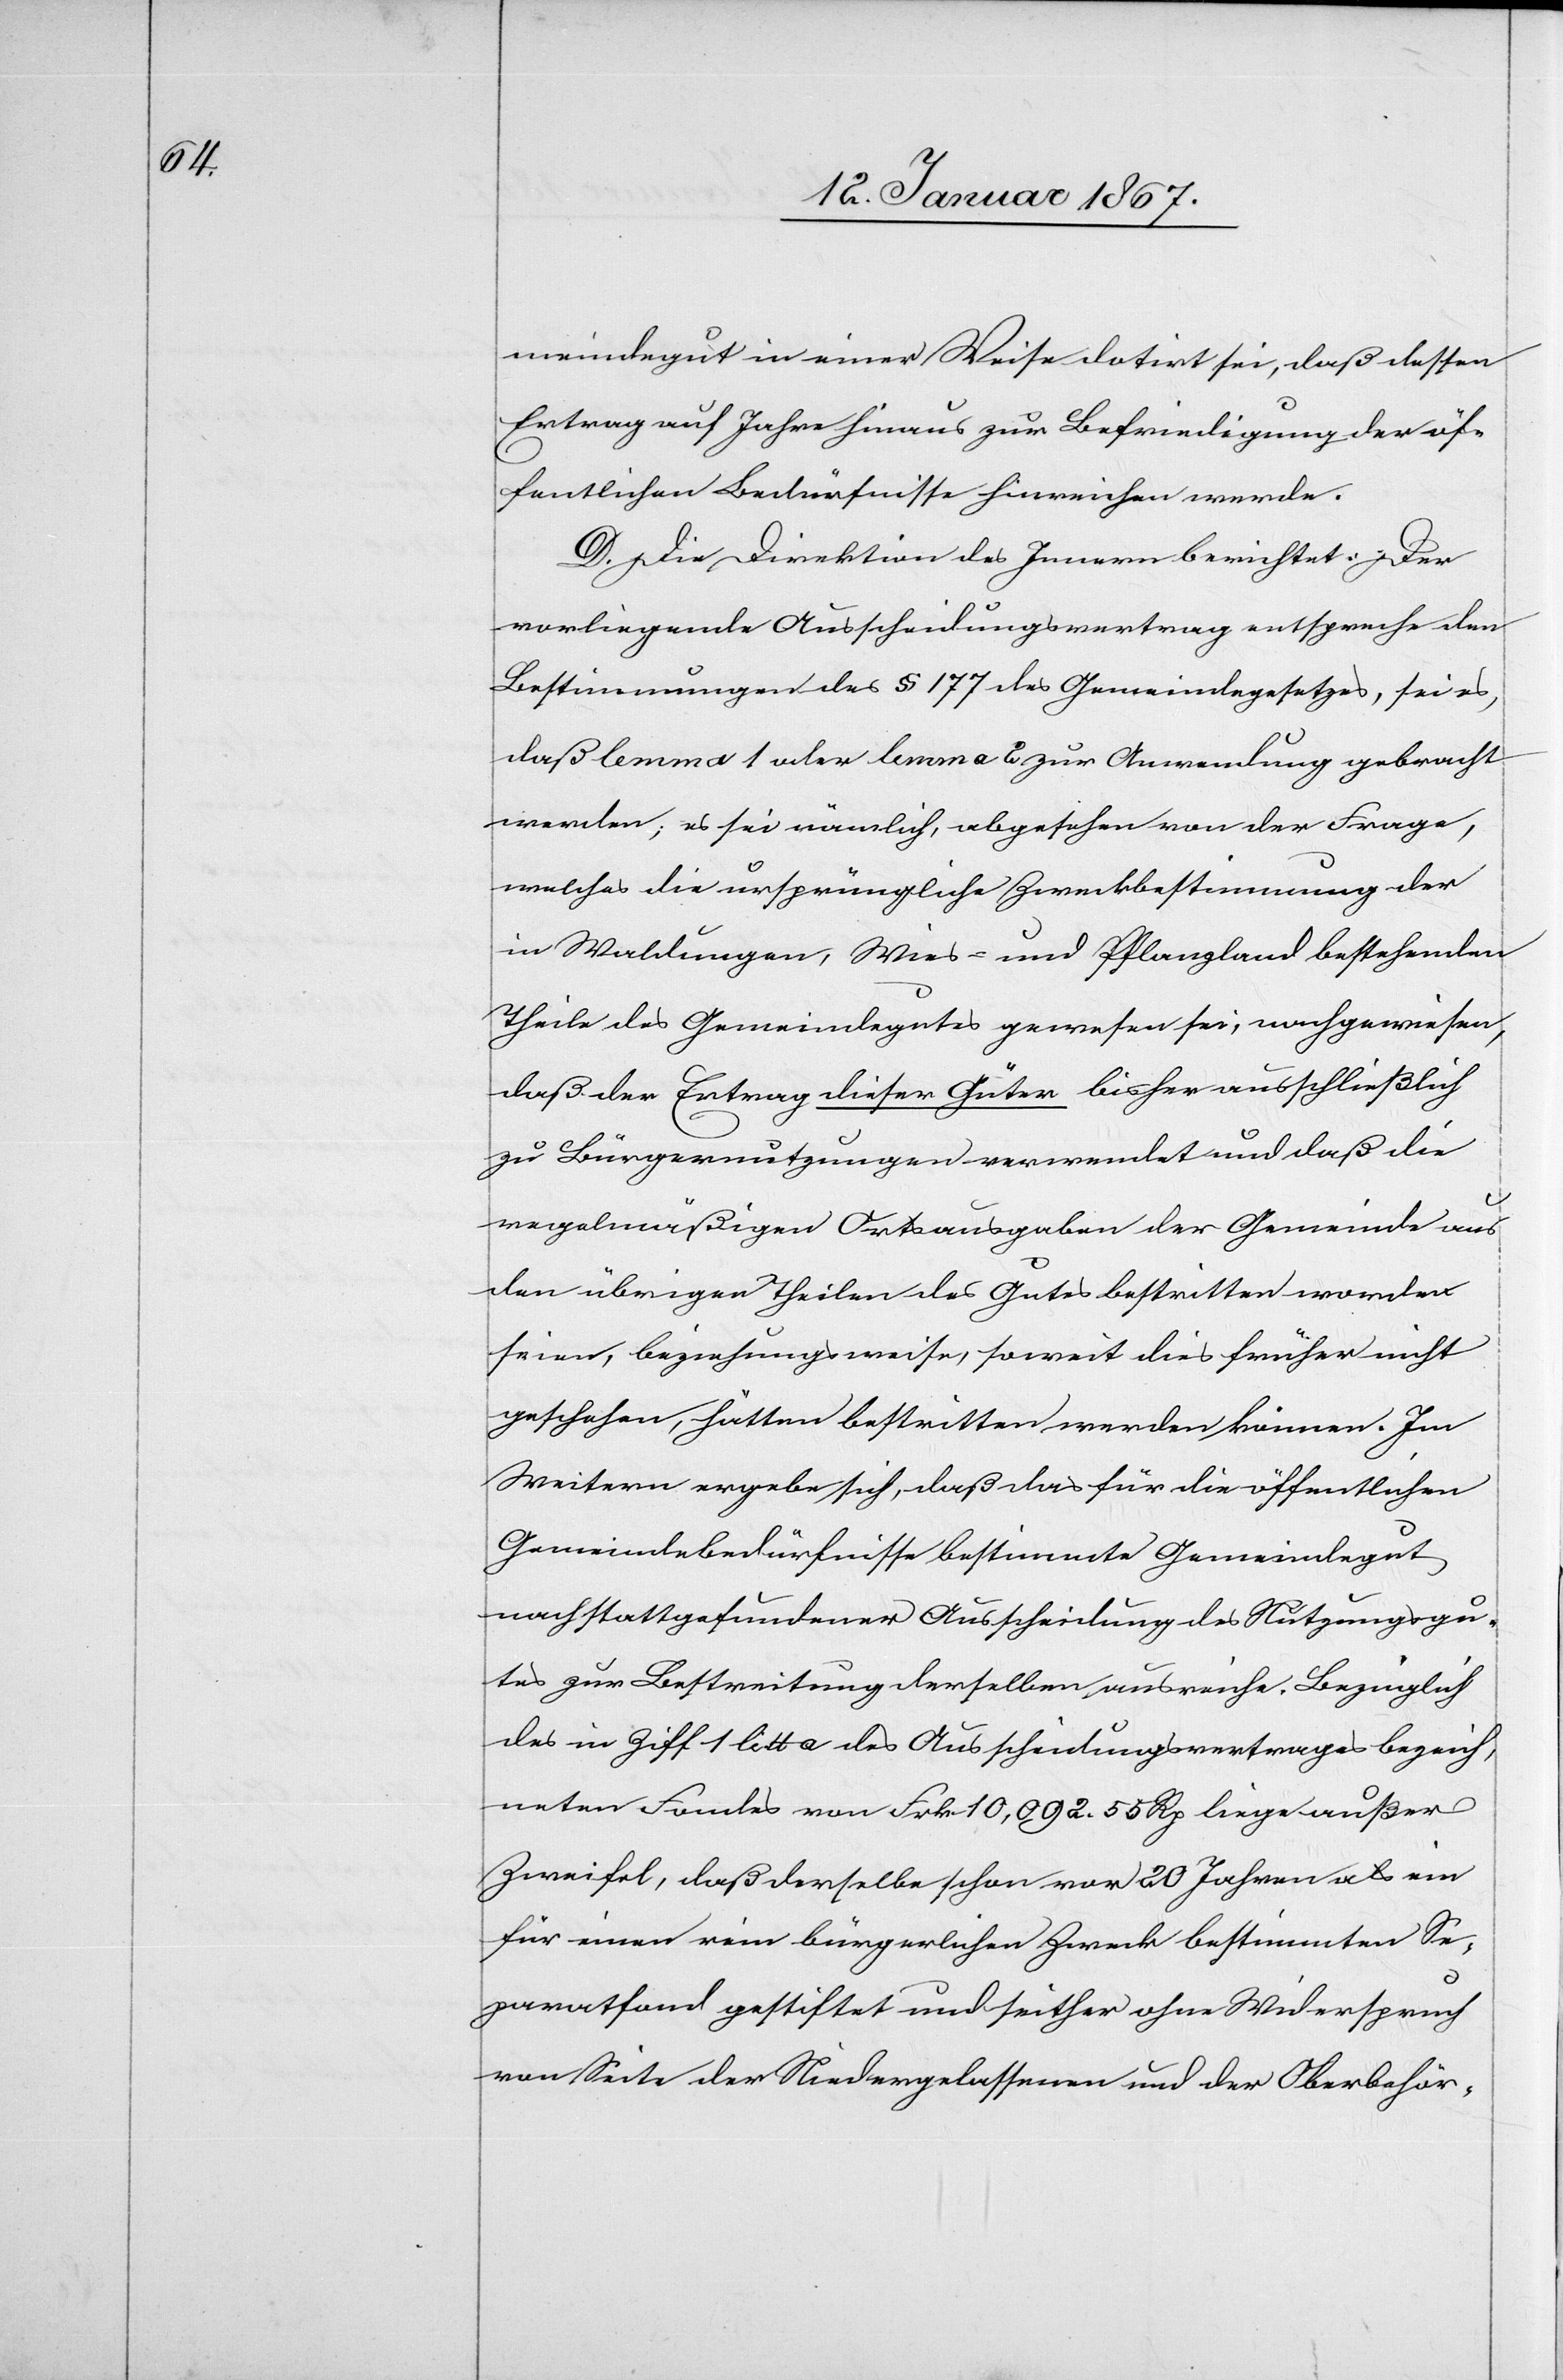
meindegut in einer Weise dotirt sei, daß dessen
Ertrag auf Jahre hinaus zur Befriedigung der öf¬
fentliche Bedürfnisse hinreichen werde.
D. Die Direktion des Innern berichtet: Der
vorliegende Ausscheidungvertrag entspreche den
Bestimmungen des § 177 des Gemeindegesetzes, sei es,
daß lemma 1 oder lemma 2 zur Anwendung gebracht
werden; es sei nämlich, abgesehen von der Frage,
welches die ursprüngliche Zweckbestimmung der
in Waldungen, Wies- und Pflanzland bestehenden
Theile des Gemeindegutes gewesen sei; nachgewiesen,
daß der Ertrag dieser Güter bisher ausschließlich
zu Bürgernutzungen verwendet und daß die
regelmäßigen Ortsausgaben der Gemeinde aus
den übrigen Theilen des Gutes bestritten worden
seien, beziehungsweise, soweit dies früher nicht
geschehen, hätten bestritten werden können. Im
Weitern ergebe sich, daß das für die öffentlichen
Gemeindebedürfnisse bestimmte Gemeindegut
nach stattgefundener Ausscheidung des Nutzungsgu¬
tes zur Bestreitung derselben ausreiche. Bezüglich
des in Ziff 1 litt a des Ausscheidungsvertrages bezeich¬
neten Fondes von Frk. 10,092. 55 Rp. liege außer
Zweifel, daß derselbe schon vor 20 Jahren als ein
für einen rein bürgerlichen Zweck bestimmten Se¬
paratfond gestiftet und seither ohne Widerspruch
von Seite der Niedergelassenen und der Oberbehör-